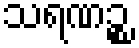
သရဏဉ္စ